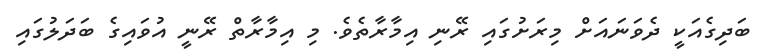
ބަދިގެއަކީ ދެވަނައަށް މިރަށުގައި ރޭނި އިމާރާތެވެ. މި އިމާރާތް ރޭނީ އުވައިގެ ބަދަލުގައި